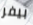
بيفر